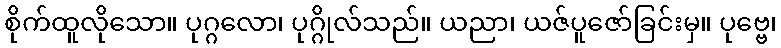
စိုက်ထူလိုသော။ ပုဂ္ဂလော၊ ပုဂ္ဂိုလ်သည်။ ယညာ၊ ယဇ်ပူဇော်ခြင်းမှ။ ပုဗ္ဗေ၊